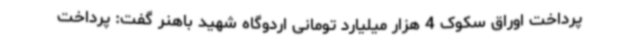
پرداخت اوراق سکوک 4 هزار میلیارد تومانی اردوگاه شهید باهنر گفت: پرداخت